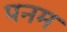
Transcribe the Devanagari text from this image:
पनम